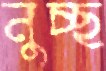
নুচ্ছ